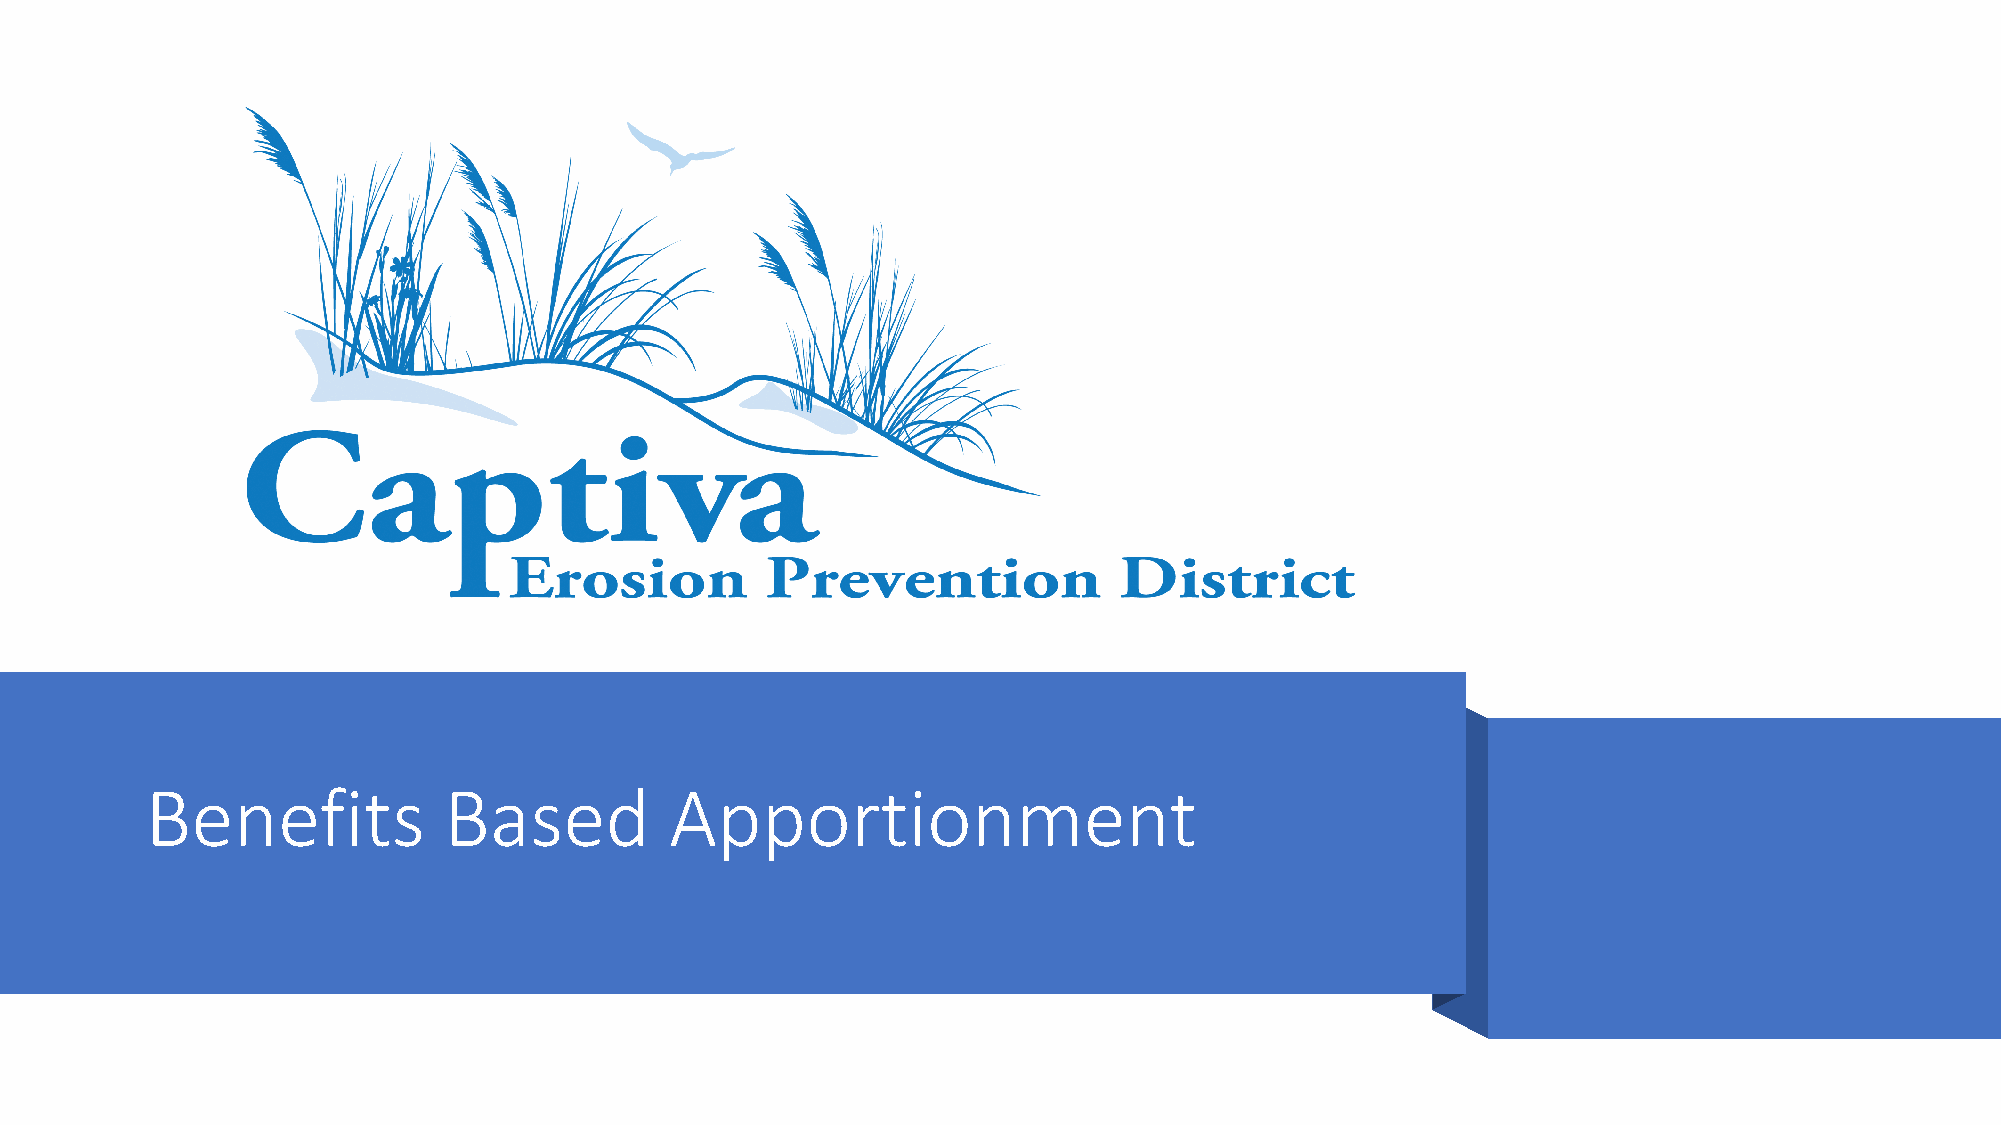
Benefits           Based          Apportionment